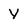
Character: Y